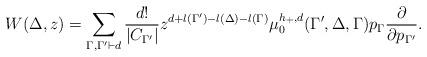
LaTeX: \begin{align*}W(\Delta,z)=\sum_{\Gamma,\Gamma^{\prime}\vdash d}\frac{d!}{|C_{\Gamma^{\prime}}|} z^{d+l(\Gamma^{\prime})-l(\Delta)-l(\Gamma)}\mu_{0}^{h_+,d}(\Gamma^{\prime},\Delta,\Gamma)p_{\Gamma}\frac{\partial}{\partial p_{\Gamma^{\prime}}}.\end{align*}